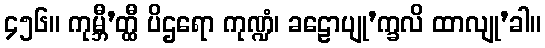
၄၅၆။ ကုမ္ဘီ’တ္ထီ ပိဌရော ကုဏ္ဍံ၊ ခဠောပျု’က္ခလိ ထာလျု’ခါ။